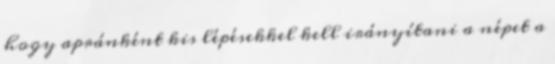
hogy apránként kis lépésekkel kell irányítani a népet a